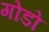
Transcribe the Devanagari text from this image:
गोडो